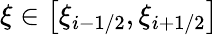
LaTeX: \displaystyle\xi\in\big[\xi_{i-1/2},\xi_{i+1/2}\big]